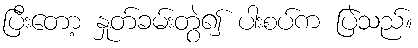
ပြီးတော့ နှုတ်ခမ်းတွဲ၍ ပါးစပ်က ပြဲသည်။